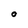
Character: O